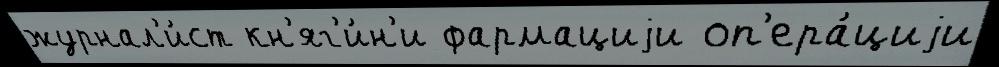
журнал'и́ст кн'яг'и́н'и фармациjи оп'ера́циjи